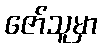
ဇော်သူမှာ